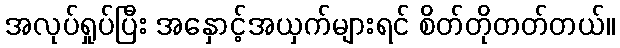
အလုပ်ရှုပ်ပြီး အနှောင့်အယှက်များရင် စိတ်တိုတတ်တယ်။